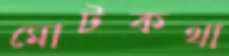
মোটকথা